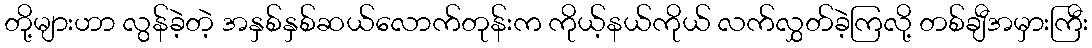
တို့များဟာ လွန်ခဲ့တဲ့ အနှစ်နှစ်ဆယ်လောက်တုန်းက ကိုယ့်နယ်ကိုယ် လက်လွှတ်ခဲ့ကြလို့ တစ်ချီအမှားကြီး